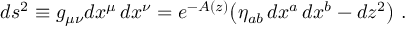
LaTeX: d s ^ { 2 } \equiv g _ { \mu \nu } d x ^ { \mu } \, d x ^ { \nu } = e ^ { - A ( z ) } \big ( \eta _ { a b } \, d x ^ { a } \, d x ^ { b } - d z ^ { 2 } \big ) \ .